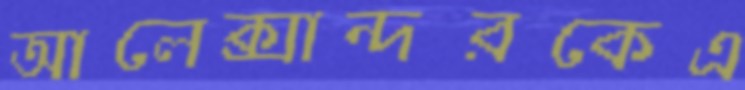
আলেক্সান্দরকেএ